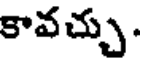
కావచ్చు.